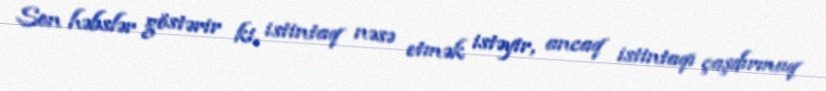
Son həbslər göstərir ki, istintaq nəsə etmək istəyir, ancaq istintaqı çaşdırmaq